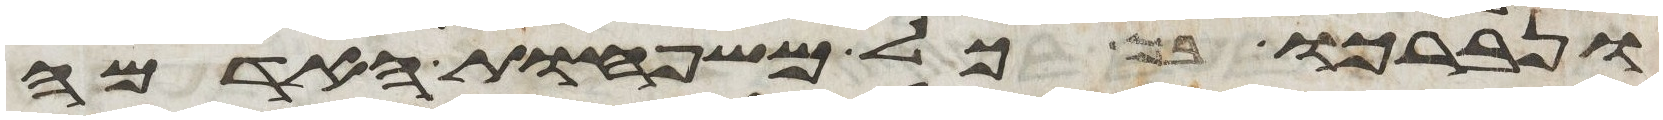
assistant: ונברכו בך כל משפחות האדמה